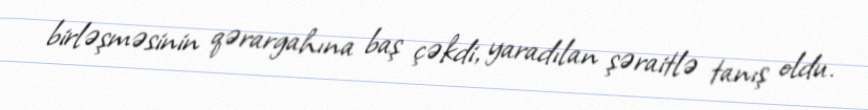
birləşməsinin qərargahına baş çəkdi, yaradılan şəraitlə tanış oldu.